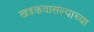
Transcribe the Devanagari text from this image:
खडकवासल्याच्या